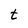
Character: t